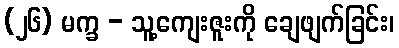
(၂၆) မက္ခ - သူ့ကျေးဇူးကို ချေဖျက်ခြင်း၊